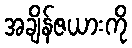
အချိန်ဇယားကို